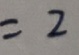
= 2